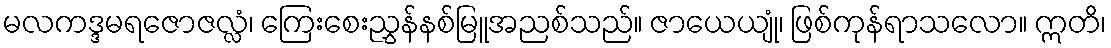
မလကဒ္ဒမရဇောဇလ္လံ၊ ကြေးစေးညွှန်နစ်မြူအညစ်သည်။ ဇာယေယျုံ၊ ဖြစ်ကုန်ရာသလော။ ဣတိ၊